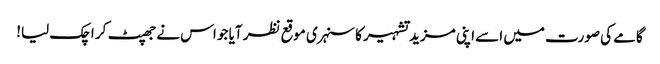
گامے کی صورت میں اسے اپنی مزید تشہیر کا سنہری موقع نظر آیا جو اس نے جھپٹ کر اچک لیا!